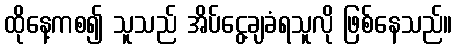
ထိုနေ့ကစ၍ သူသည် အိပ်ငွေ့ချခံရသူလို ဖြစ်နေသည်။